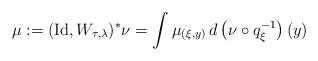
LaTeX: \begin{align*}\mu := (\mathrm{Id} , W _{\tau , \lambda} ) ^\ast \nu = \int \mu _{(\xi , y )} \, d \left( \nu \circ q _\xi ^{-1} \right) (y)\end{align*}